Civil Veterinary Department Bihar & Orissa reports 1929-36 - 1929-1936
Year: 1929
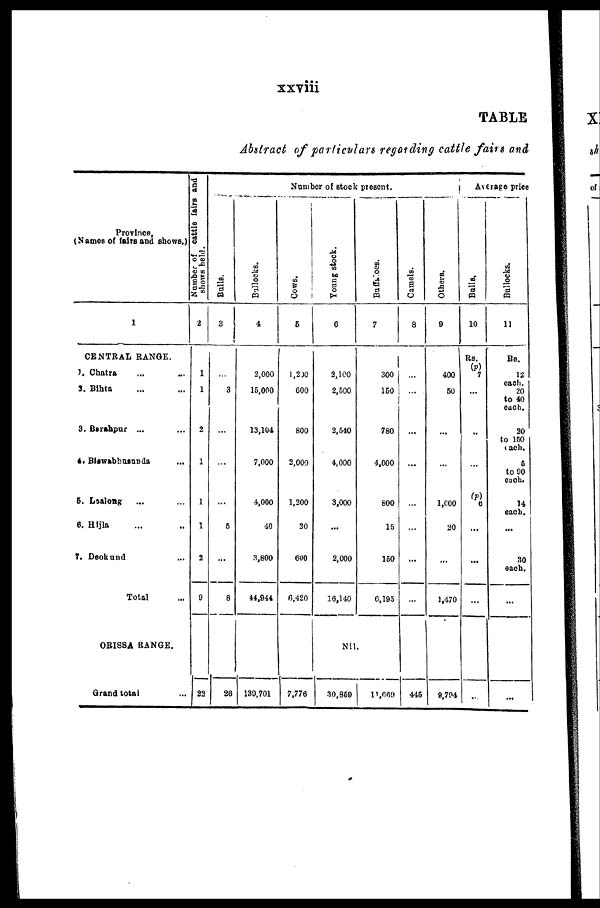
xxviii
TABLE
Abstract of particulars recording cattle fairs and
Province
(Names of fairs and shows.)
1
CENTRAL RANGE.
1. Chatra ... ...
2. Bihta ... ...
3. Barahpur ... ...
4. Biawabhusunda ... ...
5. Loalong ... ...
6. Hljla ... ..
7. Deokund ...
Total ...
ORISSA RANGE.
Grand total ...
Number
of cattle fairs and
shows held.
2
1
1
2
1
1
1
2
0
23
Number of stock present.
Bulls.
3
...
3
...
...
...
5
...
8
26
Bullocks.
4
2,000
15,000
13,104
7,000
4,000
40
3,800
44,944
130,701
Cows.
5
1,200
600
800
2,000
1,200
20
600
0,420
7,776
Young stock.
6
2,100
2,500
2,540
4,000
3,000
...
2,000
16,140
Buffaloes.
7
300
150
780
1,000
600
15
150
6,195
Nil.
30,859
11,669
Camels.
8
...
...
...
...
...
...
...
...
446
Others.
9
400
60
...
...
1,000
20
...
1,470
9,704
Average price
Bulls.
10
Rs.
(p)
7
...
...
...
(p)
6
...
...
...
..
Bullocks.
11
Rs.
12
each.
20
to 40
each.
20
to 160
each.
6
to 90
each.
14
each.
...
30
each.
...
...